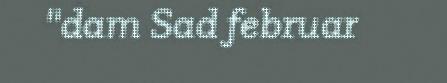
"dam Sad februar